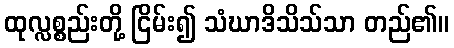
ထုလ္လစ္စည်းတို့ ငြိမ်း၍ သံဃာဒိသိသ်သာ တည်၏။